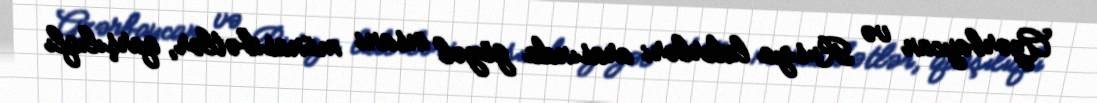
Azərbaycan və Rusiya liderləri arasında gözəl insani münasibətlər, qarşılıqlı